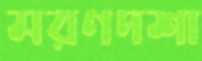
মরণদশা